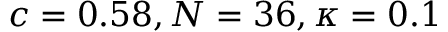
c = 0 . 5 8 , N = 3 6 , \kappa = 0 . 1